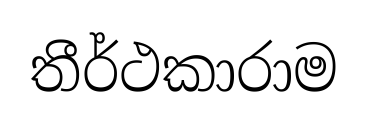
තීර්ථකාරාම